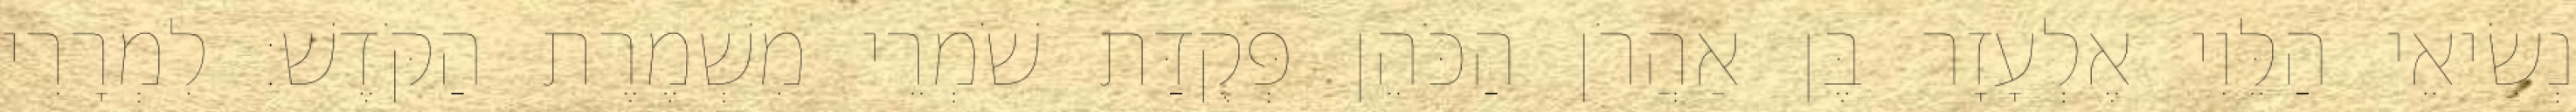
נְשִׂיאֵי הַלֵּוִי אֶלְעָזָר בֶּן אַהֲרֹן הַכֹּהֵן פְּקֻדַּת שֹׁמְרֵי מִשְׁמֶרֶת הַקֹּדֶשׁ׃ לִמְרָרִי